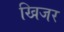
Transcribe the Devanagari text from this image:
खिजर